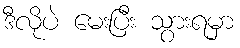
ဒီလိုပဲ မေးပြီး သွားရမှာ